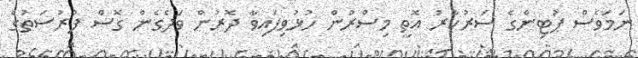
ނަމަވެސް ޕުޓިންގެ ސަރުކާރު އޮތީ މިސްރުން ހުޅުވިފައިވާ ދޮރުން ވަދެގެން ގޮސް ފުރުސަތުގެ